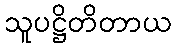
သူပဋ္ဌိတိတာယ